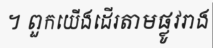
។ ពួកយើងដើរតាមផ្លូវរាង